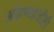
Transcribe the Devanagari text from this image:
ओढण्याचीही